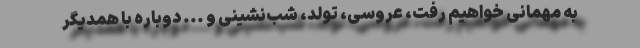
به مهمانی خواهیم رفت، عروسی، تولد، شب‌نشینی و ... دوباره با همدیگر